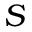
S